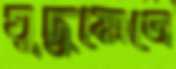
যুদ্ধক্ষেত্রে